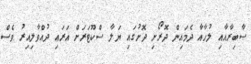
ޞާބިރާއާއި ލުހާއާ ދެމައިން ދޮރޯށި ދޮށުގައި ޔަލާ ސްކޫޓަރަށް އަރައި ދުއްވާލިއިރު ވެސް